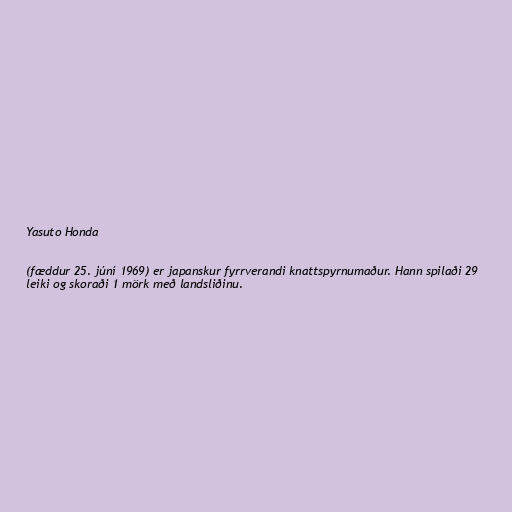
Yasuto Honda

(fæddur 25. júní 1969) er japanskur fyrrverandi knattspyrnumaður. Hann spilaði 29
leiki og skoraði 1 mörk með landsliðinu.